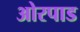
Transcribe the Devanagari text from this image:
ओरपाड